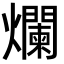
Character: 爛